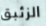
الزئبق